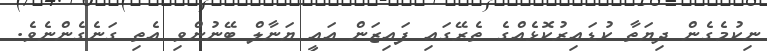
ނިކުމެގެން ދިޔަތާ ކުޑައިރުކޮޅެއްގެ ތެރޭގައި ފައިޒަން އައީ ޔަނާލް ބޭނުންވި އެތި ގަނެގެންނެވެ.